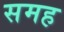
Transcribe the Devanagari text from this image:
समह